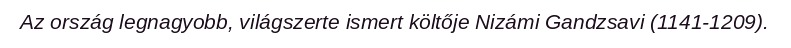
Az ország legnagyobb, világszerte ismert költője Nizámi Gandzsavi (1141-1209).